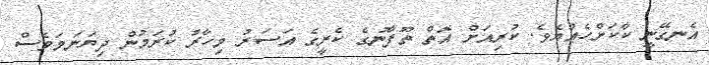
އެނގޭނީ ކާކަށްހެއްޔެވެ. ކުރިއަށް އޮތް ތޫފާނުގެ ކެރީގެ އަސަރު މިހާރު ކުރަމުން ދިޔަނަމަވެސް